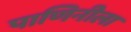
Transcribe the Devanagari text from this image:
पाणिनीला